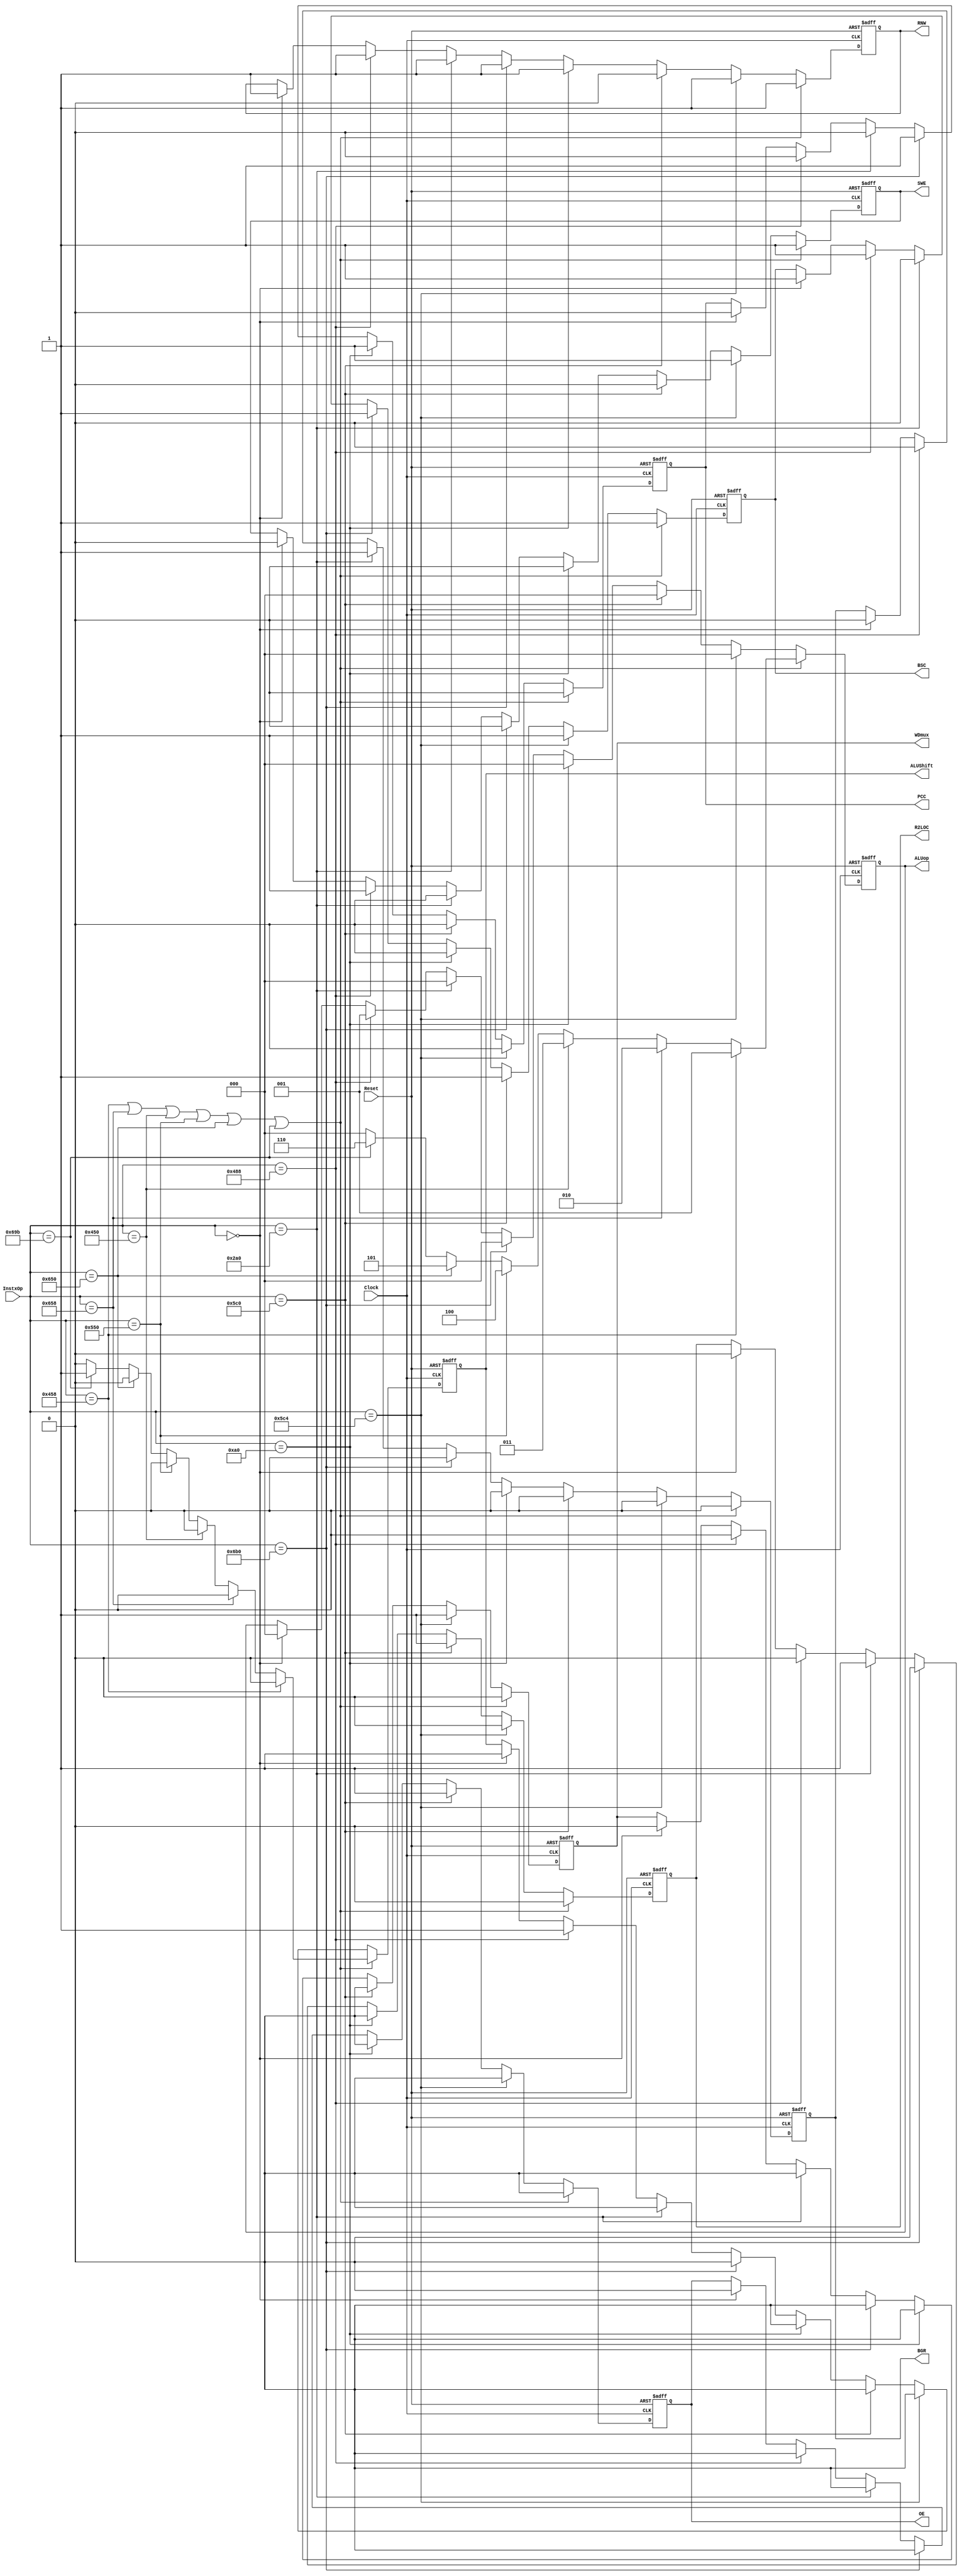
module Control (ALUop, SWE, OE, RNW, R2LOC, WDmux, PCC, BSC, BGR, ALUShift, Clock, InstxOp, Reset);
	output reg SWE, OE, RNW, R2LOC, WDmux, PCC, BSC, BGR, ALUShift;
	output reg [2:0] ALUop;
	input Clock, Reset;
	input [10:0] InstxOp;

	parameter	ADD = 11'h458;
	parameter	SUB = 11'h658;
	parameter	AND = 11'h450;
	parameter	ORR = 11'h550;
	parameter	EOR = 11'h650;
	parameter	LSL = 11'h69B;
	parameter	LDURSW = 11'h5C4;
	parameter	STURW = 11'h5C0;
	parameter	B = 11'h0A0;
	parameter	BR = 11'h6B0;
	parameter	BGT = 11'h2A0;
	parameter	ADDI = 11'h488;
	parameter	NOP = 11'h000;

	always@(posedge Clock or negedge Reset)
		if(!Reset) begin 	// Initialize all signals to zeros
			ALUop	<= 3'b000;
			SWE		<= 1'b0;
			OE		<= 1'b0;
			RNW		<= 1'b0;
			R2LOC	<= 1'b0;
			WDmux	<= 1'b0;
			PCC		<= 1'b0;
			BSC		<= 1'b0;
			BGR		<= 1'b0;
			ALUShift<= 1'b0;
		end else if ((InstxOp == ADD) | (InstxOp == SUB) | // R type instx
					 (InstxOp == AND) | (InstxOp == ORR) | (InstxOp == EOR) |
					 (InstxOp == LSL)) begin
			SWE		<= 1'b1;
			OE		<= 1'b0;
			RNW		<= 1'b1;
			R2LOC	<= 1'b0;
			WDmux	<= 1'b0;
			PCC		<= 1'b0;
			BSC		<= 1'b1;
			BGR		<= 1'b0;
			if (InstxOp == ADD) begin
				ALUop <= 3'b001;
				ALUShift<= 1'b0;
			end else if (InstxOp == SUB) begin
				ALUop <= 3'b010;
				ALUShift<= 1'b0;
			end else if (InstxOp == AND) begin
				ALUop <= 3'b011;
				ALUShift<= 1'b0;
			end else if (InstxOp == ORR) begin
				ALUop <= 3'b100;
				ALUShift<= 1'b0;
			end else if (InstxOp == EOR) begin
				ALUop <= 3'b101;
				ALUShift<= 1'b0;
			end else if (InstxOp == LSL) begin
				ALUop <= 3'b110;
				ALUShift<= 1'b1; // This is the only case where we use the ALU shift control
			end else begin
				ALUop <= 3'b000;
				ALUShift <= 1'b0;
			end
		end else if (InstxOp == LDURSW) begin // Load from SRAM to regfile
			ALUop	<= 3'b000;
			SWE		<= 1'b1;
			OE		<= 1'b0;
			RNW		<= 1'b1;
			R2LOC	<= 1'b0;
			WDmux	<= 1'b1;
			PCC		<= 1'b0;
			BSC		<= 1'b1;
			BGR		<= 1'b0;
			ALUShift<= 1'b0;
		end else if (InstxOp == STURW) begin // Store from regfile to SRAM
			ALUop	<= 3'b000;
			SWE		<= 1'b0;
			OE		<= 1'b1;
			RNW		<= 1'b0;
			R2LOC	<= 1'b1;
			WDmux	<= 1'b0;
			PCC		<= 1'b0;
			BSC		<= 1'b1;
			BGR		<= 1'b0;
			ALUShift<= 1'b0;
		end else if (InstxOp == B) begin // Branch Type
			ALUop	<= 3'b000;
			SWE		<= 1'b0;
			OE		<= 1'b0;
			RNW		<= 1'b1;
			R2LOC	<= 1'b0;
			WDmux	<= 1'b0;
			PCC		<= 1'b1;
			BSC		<= 1'b0;
			BGR		<= 1'b0;
			ALUShift<= 1'b0;
		end else if (InstxOp == BR) begin // Branch from Register
			ALUop	<= 3'b000;
			SWE		<= 1'b0;
			OE		<= 1'b0;
			RNW		<= 1'b1;
			R2LOC	<= 1'b0;
			WDmux	<= 1'b0;
			PCC		<= 1'b1;
			BSC		<= 1'b1;
			BGR		<= 1'b0;
			ALUShift<= 1'b0;
		end else if (InstxOp == BGT) begin // Branch Greater Than
			ALUop	<= 3'b000;
			SWE		<= 1'b0;
			OE		<= 1'b0;
			RNW		<= 1'b1;
			R2LOC	<= 1'b1;
			WDmux	<= 1'b0;
			PCC		<= 1'b0;
			BSC		<= 1'b0;
			BGR		<= 1'b1;
			ALUShift<= 1'b0;	
		end else if (InstxOp == ADDI) begin // Add Immediate
			ALUop	<= 3'b001;
			SWE		<= 1'b1;
			OE		<= 1'b0;
			RNW		<= 1'b1;
			R2LOC	<= 1'b0;
			WDmux	<= 1'b0;
			PCC		<= 1'b0;
			BSC		<= 1'b1;
			BGR		<= 1'b0;
			ALUShift<= 1'b1;
		end else if (InstxOp == NOP) begin // NO OP
			ALUop	<= 3'b000;
			SWE		<= 1'b0;
			OE		<= 1'b0;
			RNW		<= 1'b1;
			R2LOC	<= 1'b0;
			WDmux	<= 1'b0;
			PCC		<= 1'b0;
			BSC		<= 1'b1;
			BGR		<= 1'b0;
			ALUShift<= 1'b1;
		end
endmodule